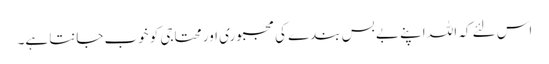
اس لئے کہ اللہ اپنے بے بس بندے کی مجبوری اور محتاجی کو خوب جانتا ہے۔